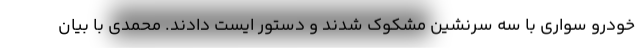
خودرو سواری با سه سرنشین مشکوک شدند و دستور ایست دادند. محمدی با بیان